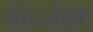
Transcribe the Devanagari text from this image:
लोटलेला